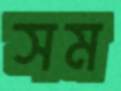
সম